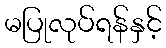
မပြုလုပ်ရန်နှင့်